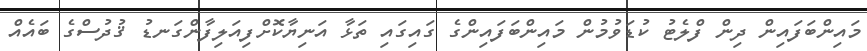
މައިންބަފައިން ދިން ފްލެޓު ކުޑަވުމުން މައިންބަފައިންގެ ގައިގައި ތަޅާ އަނިޔާކޮށްފިއަލިފާންގަނޑު ޤުދުސްގެ ބައެއް